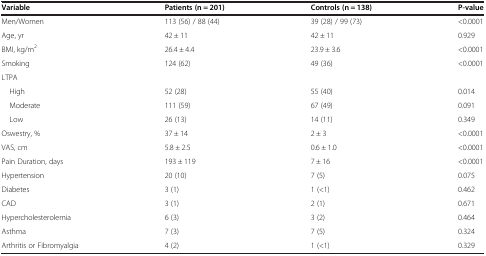
<table><thead><tr><td><b>Variable</b></td><td><b>Patients (n = 201)</b></td><td><b>Controls (n = 138)</b></td><td><b>P-value</b></td></tr></thead><tbody><tr><td>Men/Women</td><td>113 (56) / 88 (44)</td><td>39 (28) / 99 (73)</td><td>&lt;0.0001</td></tr><tr><td>Age, yr</td><td>42 ± 11</td><td>42 ± 11</td><td>0.929</td></tr><tr><td>BMI, kg/m<sup>2</sup></td><td>26.4 ± 4.4</td><td>23.9 ± 3.6</td><td>&lt;0.0001</td></tr><tr><td>Smoking</td><td>124 (62)</td><td>49 (36)</td><td>&lt;0.0001</td></tr><tr><td>LTPA</td><td> </td><td> </td><td> </td></tr><tr><td> High</td><td>52 (28)</td><td>55 (40)</td><td>0.014</td></tr><tr><td> Moderate</td><td>111 (59)</td><td>67 (49)</td><td>0.091</td></tr><tr><td> Low</td><td>26 (13)</td><td>14 (11)</td><td>0.349</td></tr><tr><td>Oswestry, %</td><td>37 ± 14</td><td>2 ± 3</td><td>&lt;0.0001</td></tr><tr><td>VAS, cm</td><td>5.8 ± 2.5</td><td>0.6 ± 1.0</td><td>&lt;0.0001</td></tr><tr><td>Pain Duration, days</td><td>193 ± 119</td><td>7 ± 16</td><td>&lt;0.0001</td></tr><tr><td>Hypertension</td><td>20 (10)</td><td>7 (5)</td><td>0.075</td></tr><tr><td>Diabetes</td><td>3 (1)</td><td>1 (&lt;1)</td><td>0.462</td></tr><tr><td>CAD</td><td>3 (1)</td><td>2 (1)</td><td>0.671</td></tr><tr><td>Hypercholesterolemia</td><td>6 (3)</td><td>3 (2)</td><td>0.464</td></tr><tr><td>Asthma</td><td>7 (3)</td><td>7 (5)</td><td>0.324</td></tr><tr><td>Arthritis or Fibromyalgia</td><td>4 (2)</td><td>1 (&lt;1)</td><td>0.329</td></tr></tbody></table>